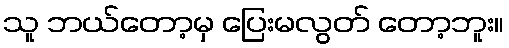
သူ ဘယ်တော့မှ ပြေးမလွတ် တော့ဘူး။